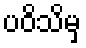
ပဝိသိမှ